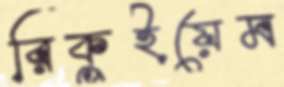
রিকুইয়েম